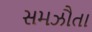
સમઝૌતા